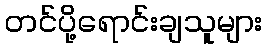
တင်ပို့ရောင်းချသူများ